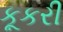
કૂકરી